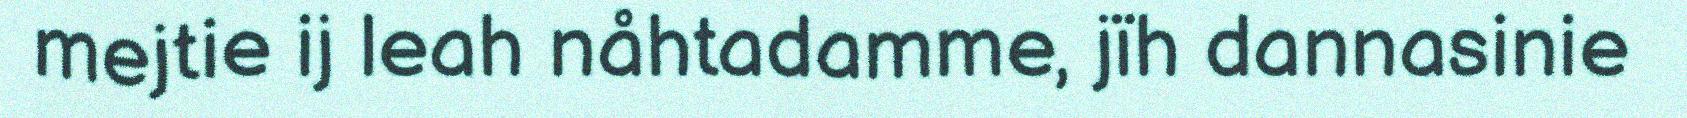
mejtie ij leah nåhtadamme, jïh dannasinie